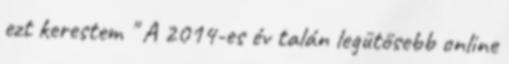
ezt kerestem " A 2014-es év talán legütősebb online